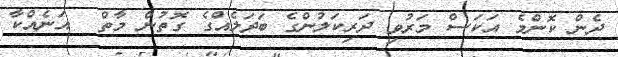
ދެން ކޮންމެ އަކަސް މަރުވި ދަރިކަލުންގެ ބަދަލެއްގެ ގޮތުން މާތް  އަނެއްކާ